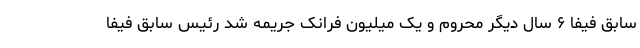
سابق فیفا ۶ سال دیگر محروم و یک میلیون فرانک جریمه شد رئیس سابق فیفا